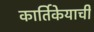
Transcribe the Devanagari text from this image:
कार्तिकेयाची